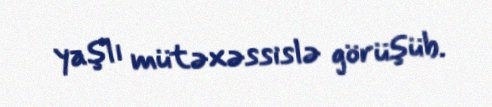
yaşlı mütəxəssislə görüşüb.